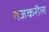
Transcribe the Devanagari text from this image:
गंजकरौल